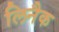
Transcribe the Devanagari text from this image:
लिनैक